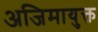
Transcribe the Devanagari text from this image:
अजिमायुक्त